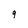
Character: g